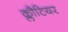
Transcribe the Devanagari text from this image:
क्लौटियर